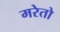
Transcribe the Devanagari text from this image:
मरेतो